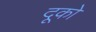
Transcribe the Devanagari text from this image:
दूको